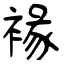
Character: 褖